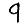
Digit: 9